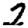
Digit: 2